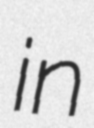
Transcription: in